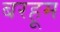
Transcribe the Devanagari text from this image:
बरहूम